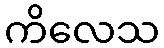
ကိလေသ